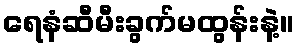
ရေနံဆီမီးခွက်မထွန်းနဲ့။